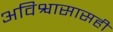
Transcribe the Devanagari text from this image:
अविश्वासासही